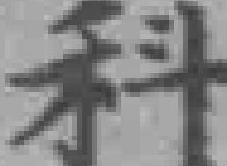
科